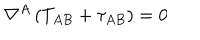
\nabla ^ { A } \left( T _ { A B } + \tau _ { A B } \right) = 0